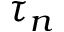
\tau _ { n }